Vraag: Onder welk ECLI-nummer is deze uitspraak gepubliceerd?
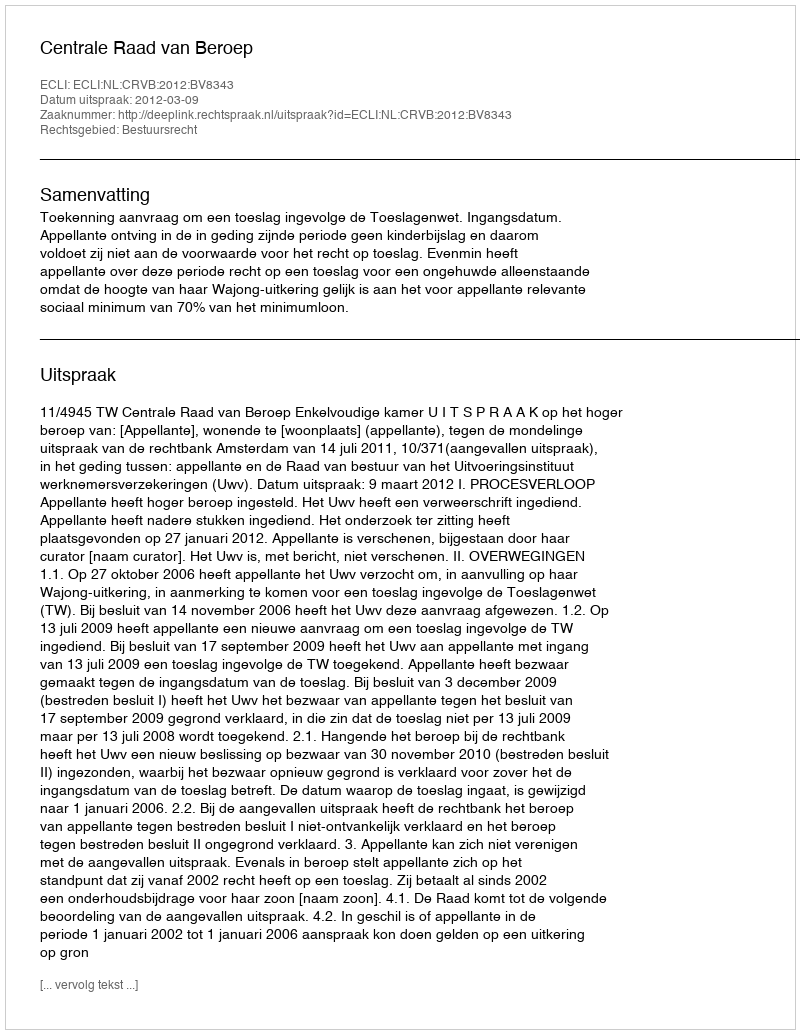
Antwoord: ECLI:NL:CRVB:2012:BV8343